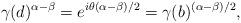
LaTeX: \begin{align*}\gamma(d)^{\alpha-\beta}=e^{i\theta(\alpha-\beta)/2}=\gamma(b)^{(\alpha-\beta)/2},\end{align*}